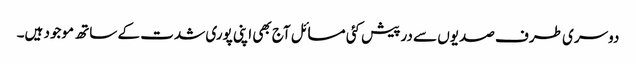
دوسری طرف صدیوں سے درپیش کئی مسائل آج بھی اپنی پوری شدت کے ساتھ موجود ہیں۔